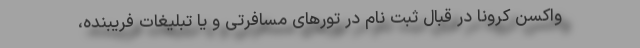
واکسن کرونا در قبال ثبت نام در تورهای مسافرتی و یا تبلیغات فریبنده،